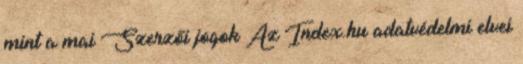
mint a mai Szerzői jogok Az Index.hu adatvédelmi elvei